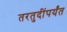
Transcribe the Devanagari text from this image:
तरतुदींपर्यंत